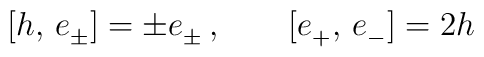
[h,\,e_{\pm}^{}]=\pm e_{\pm}^{}\,,\qquad [e_{+}^{},\,e_{-}^{}]=2h \,